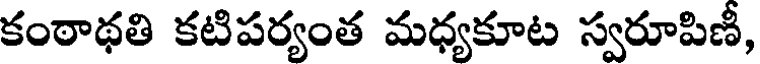
కంఠాథతి కటిపర్యంత మధ్యకూట స్వరూపిణీ,